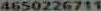
4650226711